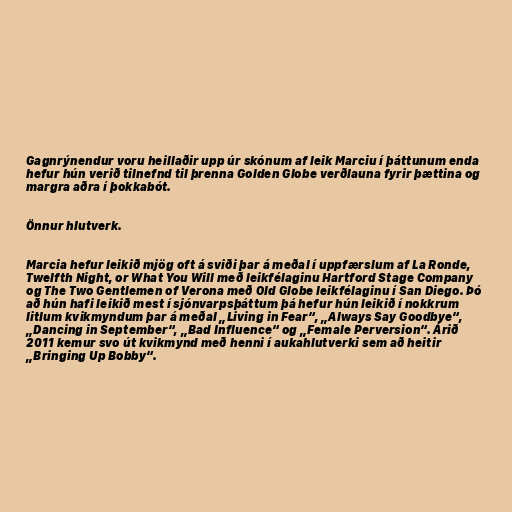
Gagnrýnendur voru heillaðir upp úr skónum af leik Marciu í þáttunum enda
hefur hún verið tilnefnd til þrenna Golden Globe verðlauna fyrir þættina og
margra aðra í þokkabót.

Önnur hlutverk.

Marcia hefur leikið mjög oft á sviði þar á meðal í uppfærslum af La Ronde,
Twelfth Night, or What You Will með leikfélaginu Hartford Stage Company
og The Two Gentlemen of Verona með Old Globe leikfélaginu í San Diego. Þó
að hún hafi leikið mest í sjónvarpsþáttum þá hefur hún leikið í nokkrum
litlum kvikmyndum þar á meðal „Living in Fear“, „Always Say Goodbye“,
„Dancing in September“, „Bad Influence“ og „Female Perversion“. Árið
2011 kemur svo út kvikmynd með henni í aukahlutverki sem að heitir
„Bringing Up Bobby“.